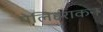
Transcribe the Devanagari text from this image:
पेलिहराकन